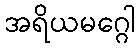
အရိယမဂ္ဂေါ